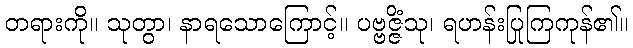
တရားကို။ သုတွာ၊ နာရသောကြောင့်။ ပဗ္ဗဇ္ဇိံသု၊ ရဟန်းပြုကြကုန်၏။